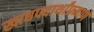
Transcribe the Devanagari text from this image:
खाद्यपदार्थांप्रमाणे